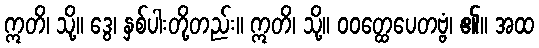
ဣတိ၊ သို့။ ဒွေ၊ နှစ်ပါးတို့တည်း။ ဣတိ၊ သို့။ ဝဝတ္ထေပေတဗ္ဗံ၊ ၏။ အထ